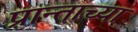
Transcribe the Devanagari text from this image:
प्रान्ताच्या